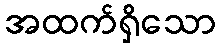
အထက်ရှိသော